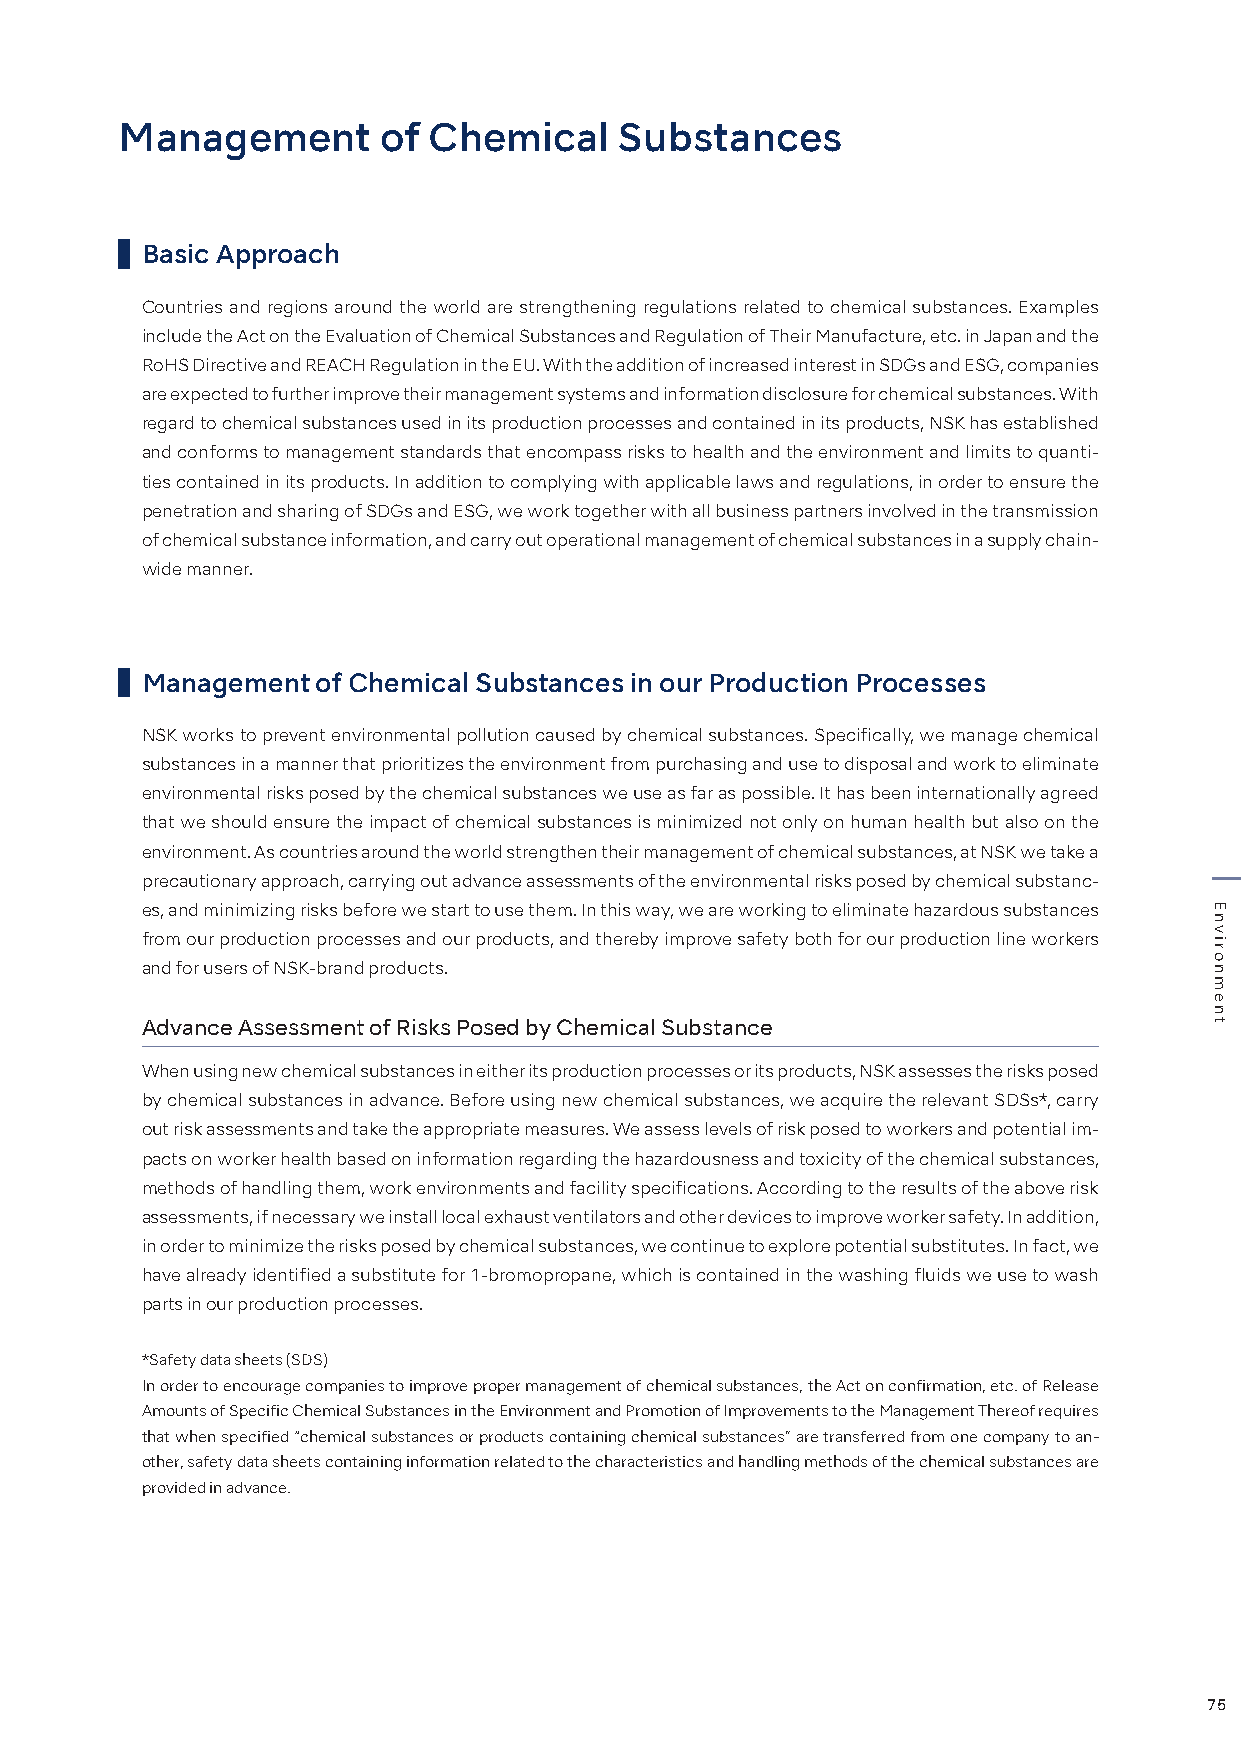
Management       of Chemical     Substances
 Basic Approach
 Countries and regions around the world are strengthening regulations related to chemical substances. Examples
 include the Act on the Evaluation of Chemical Substances and Regulation of Their Manufacture, etc. in Japan and the
 RoHS Directive and REACH Regulation in the EU. With the addition of increased interest in SDGs and ESG, companies
 are expected to further improve their management systems and information disclosure for chemical substances. With
 regard to chemical substances used in its production processes and contained in its products, NSK has established
 and conforms to management standards that encompass risks to health and the environment and limits to quanti-
 ties contained in its products. In addition to complying with applicable laws and regulations, in order to ensure the
 penetration and sharing of SDGs and ESG, we work together with all business partners involved in the transmission
 of chemical substance information, and carry out operational management of chemical substances in a supply chain-
 wide manner.
 Management  of Chemical Substances in our Production Processes
 NSK works to prevent environmental pollution caused by chemical substances. Specifically, we manage chemical
 substances in a manner that prioritizes the environment from purchasing and use to disposal and work to eliminate
 environmental risks posed by the chemical substances we use as far as possible. It has been internationally agreed
 that we should ensure the impact of chemical substances is minimized not only on human health but also on the
 environment. As countries around the world strengthen their management of chemical substances, at NSK we take a
 precautionary approach, carrying out advance assessments of the environmental risks posed by chemical substanc-
 es, and minimizing risks before we start to use them. In this way, we are working to eliminate hazardous substances
 from our production processes and our products, and thereby improve safety both for our production line workers
 and for users of NSK-brand products.
 Advance Assessment of Risks Posed by Chemical Substance
 When using new chemical substances in either its production processes or its products, NSK assesses the risks posed
 by chemical substances in advance. Before using new chemical substances, we acquire the relevant SDSs*, carry
 out risk assessments and take the appropriate measures. We assess levels of risk posed to workers and potential im-
 pacts on worker health based on information regarding the hazardousness and toxicity of the chemical substances,
 methods of handling them, work environments and facility specifications. According to the results of the above risk
 assessments, if necessary we install local exhaust ventilators and other devices to improve worker safety. In addition,
 in order to minimize the risks posed by chemical substances, we continue to explore potential substitutes. In fact, we
 have already identified a substitute for 1-bromopropane, which is contained in the washing fluids we use to wash
 parts in our production processes.
 *Safety data sheets (SDS)
 In order to encourage companies to improve proper management of chemical substances, the Act on confirmation, etc. of Release
 Amounts of Specific Chemical Substances in the Environment and Promotion of Improvements to the Management Thereof requires
 that when specified “chemical substances or products containing chemical substances” are transferred from one company to an-
 other, safety data sheets containing information related to the characteristics and handling methods of the chemical substances are
 provided in advance.
 75
 Environment